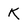
Character: K